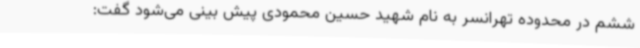
ششم در محدوده تهرانسر به نام شهید حسین محمودی پیش بینی می‌شود گفت: